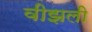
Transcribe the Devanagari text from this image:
वीझली